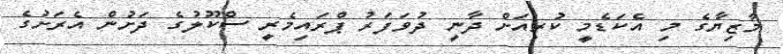
މާޒިޔާގެ މި އެކަޑެމީ ކުރިއަށް ދާނީ ދުވަފަރު ޕްރައިމެރީ ސްކޫލުގެ ދަށުން އެރަށުގެ